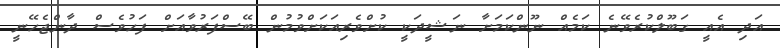
އަދި އެއީ ގަބޫލްކުރެވޭނެ ކަމެއް ނޫންކަމަށާ ނަޝީދަކީ ކުށްވެރިއަކަށްވުމުން ބޭސްފަރުވާއަށް ފަހުވެސް ދާންޖެހޭނީ